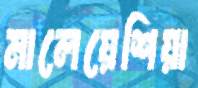
মালেয়েশিয়া